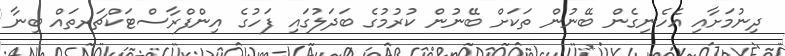
ދިނުމަށާއި އެހެނިގެން ބޭނުން ތަކަށް ބޭނުން ކުރުމުގެ ބަދަލުގައި ފަހުގެ އިންފްރާސްޓަކްޗަރތައް ބިނާ